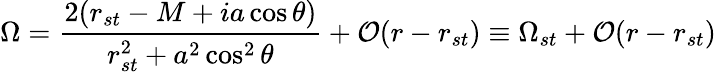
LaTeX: \Omega=\frac{2(r_{st}-M+ia\cos\theta)}{r_{st}^{2}+a^{2}\cos^{2}\theta}+{\cal O}(r-r_{st})\equiv\Omega_{st}+{\cal O}(r-r_{st})